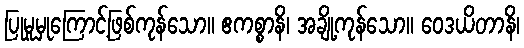
ပြုမူမှုကြောင့်ဖြစ်ကုန်သော။ ဧကစ္စာနိ၊ အချို့ကုန်သော။ ဝေဒယိတာနိ၊